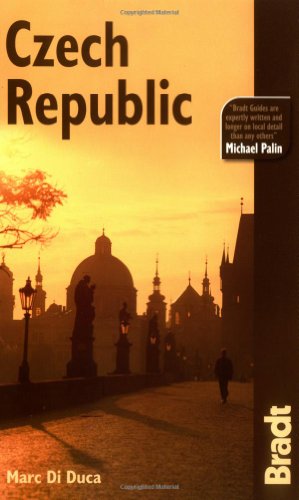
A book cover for Czech Republic: The Bradt Travel Guide; Marc Di Duca; Travel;